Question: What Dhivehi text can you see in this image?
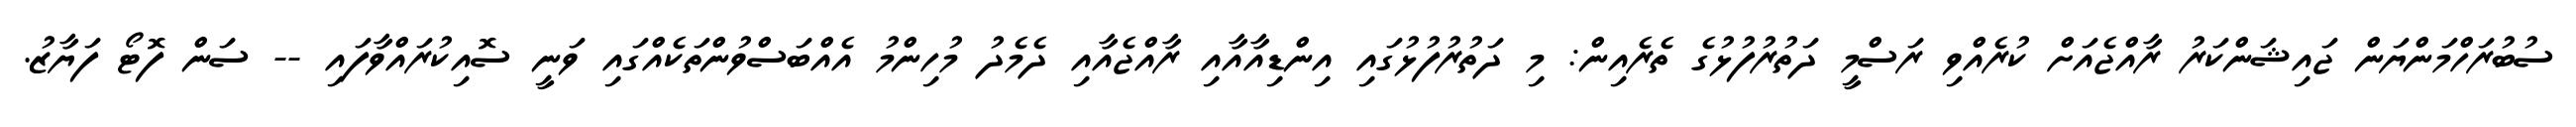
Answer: ސުބުރަހްމަންޔަން ޖައިޝަންކަރު ރާއްޖެއަށް ކުރެއްވި ރަސްމީ ދަތުރުފުޅުގެ ތެރެއިން: މި ދަތުރުފުޅުގައި އިންޑިއާއާއި ރާއްޖެއާއި ދެމެދު މުހިންމު އެއްބަސްވުންތަކެއްގައި ވަނީ ސޮއިކުރައްވާފައި -- ސަން ފޮޓޯ ފަޔާޒު.